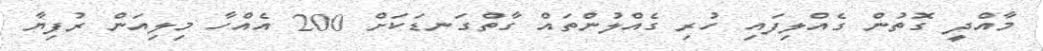
މާއްދީ ގޮތުން ގެއްލިފައި ހުރި ގެއްލުންތައް ގާތްގަނޑަކަށް 200 އެއްހާ މިލިއަން ރުފިޔާ